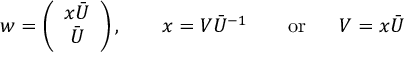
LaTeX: w = \left( \begin{array} { c } { { x \bar { U } } } \\ { { \bar { U } } } \end{array} \right) , ~ ~ ~ ~ ~ ~ x = V \bar { U } ^ { - 1 } ~ ~ ~ ~ ~ ~ \mathrm { o r } ~ ~ ~ ~ ~ V = x \bar { U }